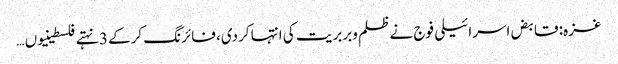
غزہ: قابض اسرائیلی فوج نے ظلم وبربریت کی انتہا کردی، فائرنگ کرکے 3 نہتے فلسطینیوں …